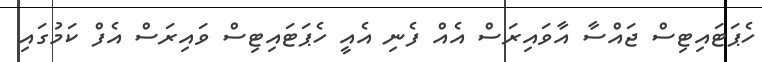
ހެޕަޓައިޓިސް ޖައްސާ އާވައިރަސް އެއް ފެނި އެއީ ހެޕަޓައިޓިސް ވައިރަސް އެފް ކަމުގައި